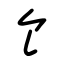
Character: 饣